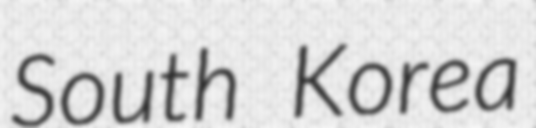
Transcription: South Korea